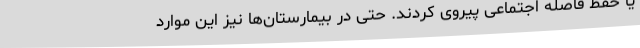
یا حفظ فاصله اجتماعی پیروی کردند. حتی در بیمارستان‌ها نیز این موارد